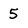
Character: 5